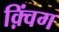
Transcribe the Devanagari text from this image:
क़्विंग